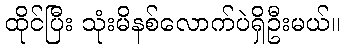
ထိုင်ပြီး သုံးမိနစ်လောက်ပဲရှိဦးမယ်။